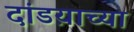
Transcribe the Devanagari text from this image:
दांडय़ाच्या